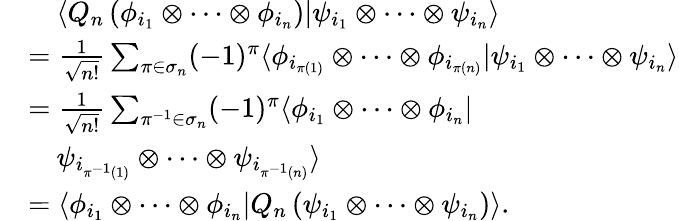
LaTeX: \begin{array}{rl}&{~~~~\langle Q_{n}\left(\phi_{i_{1}}\otimes\cdots\otimes\phi_{i_{n}}\right)|\psi_{i_{1}}\otimes\cdots\otimes\psi_{i_{n}}\rangle}\\ &{=\frac{1}{\sqrt{n!}}\sum_{\pi\in\sigma_{n}}(-1)^{\pi}\langle\phi_{i_{\pi(1)}}\otimes\cdots\otimes\phi_{i_{\pi(n)}}|\psi_{i_{1}}\otimes\cdots\otimes\psi_{i_{n}}\rangle}\\ &{=\frac{1}{\sqrt{n!}}\sum_{\pi^{-1}\in\sigma_{n}}(-1)^{\pi}\langle\phi_{i_{1}}\otimes\cdots\otimes\phi_{i_{n}}|}\\ &{~~~~\psi_{i_{\pi^{-1}(1)}}\otimes\cdots\otimes\psi_{i_{\pi^{-1}(n)}}\rangle}\\ &{=\langle\phi_{i_{1}}\otimes\cdots\otimes\phi_{i_{n}}|Q_{n}\left(\psi_{i_{1}}\otimes\cdots\otimes\psi_{i_{n}}\right)\rangle.}\end{array}